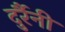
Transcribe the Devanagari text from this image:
दुर्रैनी